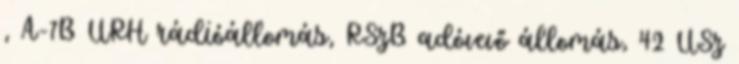
, A-7B URH rádióállomás, RSzB adóvevő állomás, 42 USz